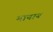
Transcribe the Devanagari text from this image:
मानान